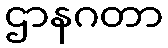
ဌာနဂတာ